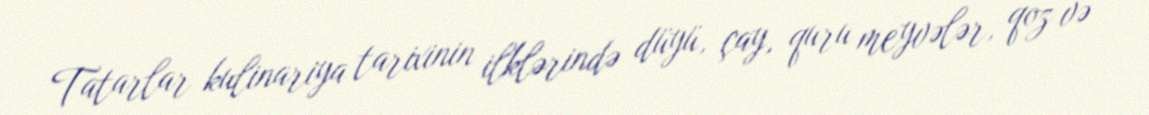
Tatarlar kulinariya tarixinin ilklərində düyü, çay, quru meyvələr, qoz və